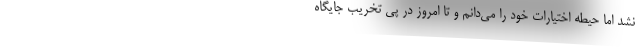
نشد اما حیطه اختیارات خود را می‌دانم و تا امروز در پی تخریب جایگاه